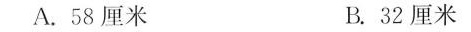
A.58厘米 B.32厘米